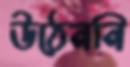
উঠেননি